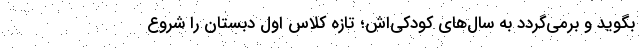
بگوید و برمی‌گردد به سال‌های کودکی‌اش؛ تازه کلاس اول دبستان را شروع